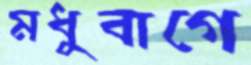
মধুবাগে